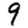
Digit: 9